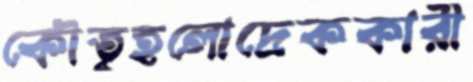
কৌতূহলোদ্রেককারী